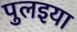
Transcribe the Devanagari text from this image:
पुलइया